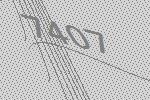
7407